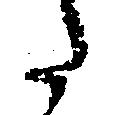
た